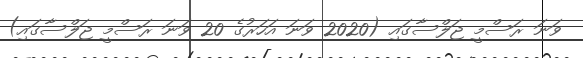
ވަނަ ރަސްމީ ޖަލްސާގައި (2020 ވަނަ އަހަރުގެ 20 ވަނަ ރަސްމީ ޖަލްސާގައި)